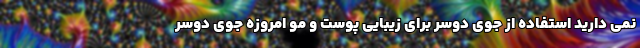
نمی دارید استفاده از جوی دوسر برای زیبایی پوست و مو امروزه جوی دوسر